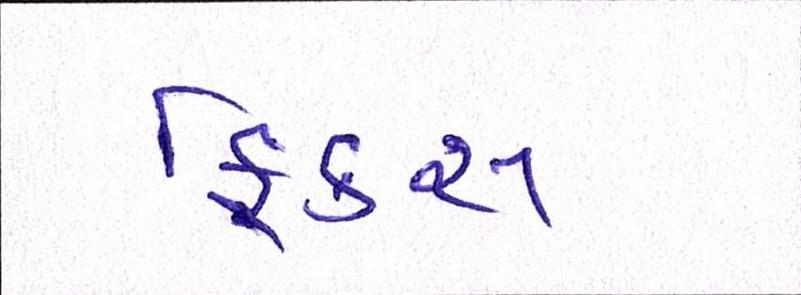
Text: ફિક્સ